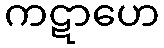
ကဋာဟေ